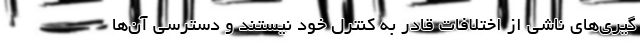
گیری‌های ناشی از اختلافات قادر به کنترل خود نیستند و دسترسی آن‌ها